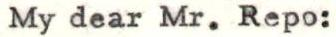
My dear Mr. Repo: